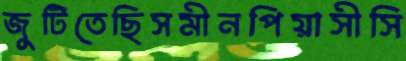
জুটিতেছিসমীনপিয়াসীসি